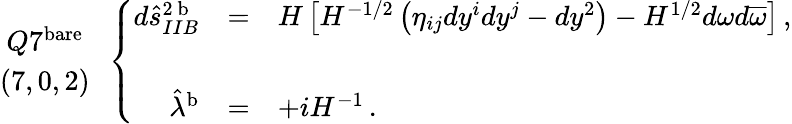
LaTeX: \begin{array}{c}{{Q7^{\mathrm{bare}}}}\\ {{(7,0,2)}}\end{array}\, \, \, \left\{ \begin{array}{rcl}{{d\hat{s}_{IIB}^{2\ \mathrm{b}}}}&{{=}}&{{H\left[H^{-1/2}\left(\eta_{ij}dy^{i}dy^{j}-dy^{2}\right)-H^{1/2}d\omega d\overline{{{\omega}}}\right]\, ,}}\\ {{}}&{{}}&{{}}\\ {{\hat{\lambda}^{\mathrm{b}}}}&{{=}}&{{+iH^{-1}\, .}}\end{array}\right.